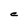
Character: C